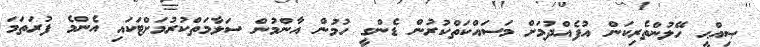
ޞިއްޙީ ހޭލުންތެރިކަން އުފެއްދުމަށް މަސައްކަތްކުރުން ޑެންގީ ހުމުން އާންމުން ސަލާމަތްކުރުމަށްޓަކައި އެންމެ ފުރަތަމަ